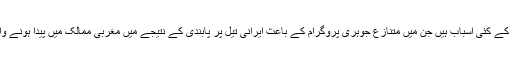
تیل کی قیمتوں میں اضافے کے کئی اسباب ہیں جن میں متنازع جوہری پروگرام کے باعث ایرانی تیل پر پابندی کے نتیجے میں مغربی ممالک میں پیدا ہونے والی پریشانی بھی شامل ہے۔